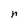
Character: n